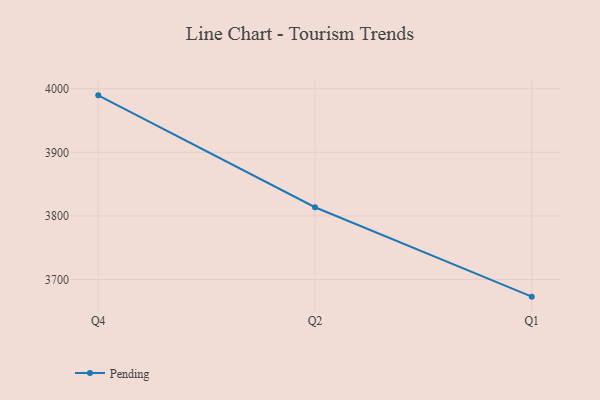
{"axis": {"x": "Quarter", "y": "Demand Index"}, "legend": ["Pending"], "data": [{"x": "Q4", "y": 3989.5, "type": "Pending"}, {"x": "Q2", "y": 3813.7, "type": "Pending"}, {"x": "Q1", "y": 3673.2, "type": "Pending"}]}